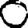
Digit: 0